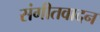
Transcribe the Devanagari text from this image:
संगीतवादन